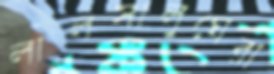
লালসালুঘেরা